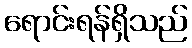
ရောင်းရန်ရှိသည်